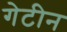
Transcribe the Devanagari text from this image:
गेटीन